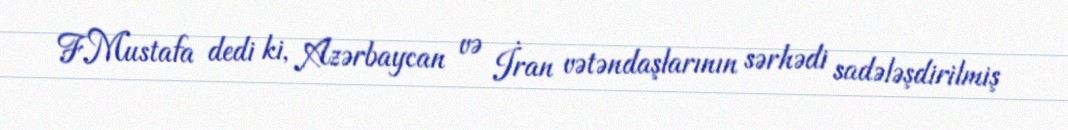
F.Mustafa dedi ki, Azərbaycan və İran vətəndaşlarının sərhədi sadələşdirilmiş